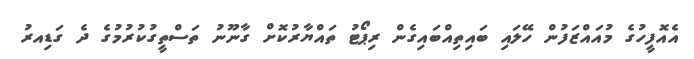
އެއޮފީހުގެ މުއައްޒަފުން ހޭލައި ބައިތިއްބައިގެން ރިޕޯޓު ތައްޔާރުކޮށް ގާނޫނު ތަސްތީގުކުރުމުގެ ދެ ގަޑިއރު